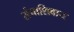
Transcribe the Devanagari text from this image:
संचाशिवाय